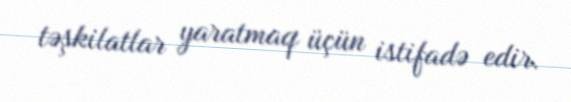
təşkilatlar yaratmaq üçün istifadə edir.